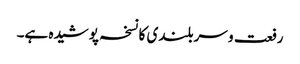
رفعت و سربلندی کا نسخہ پوشیدہ ہے۔